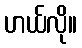
ဟယ်လို။